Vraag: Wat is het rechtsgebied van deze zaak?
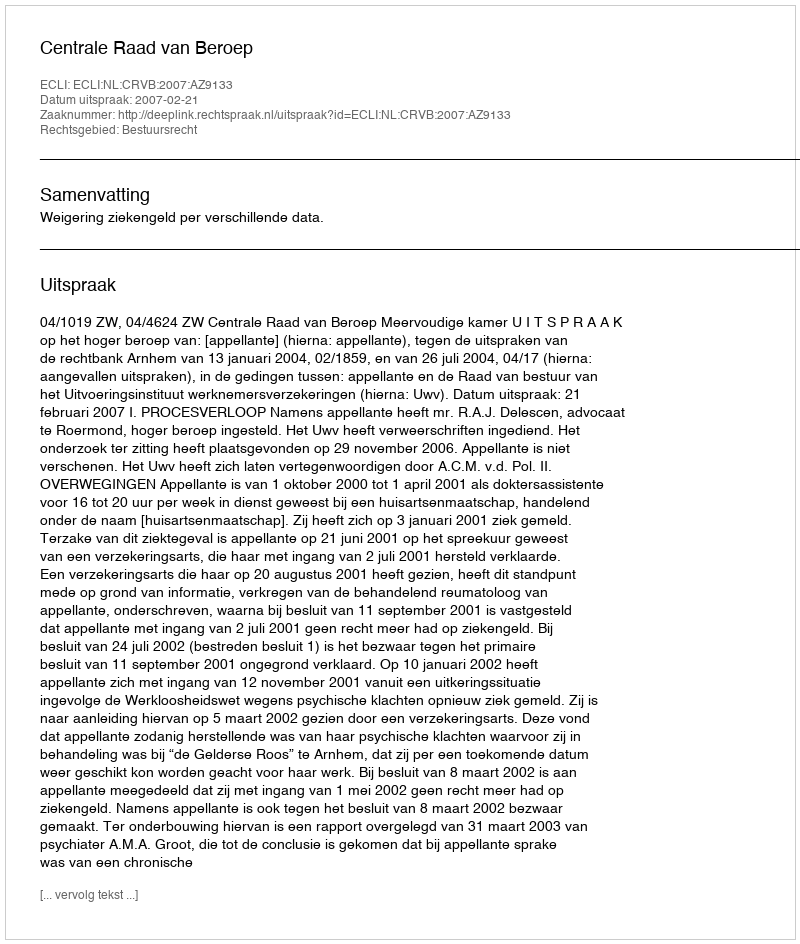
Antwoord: Bestuursrecht